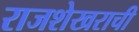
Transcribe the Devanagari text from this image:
राजशेखराची